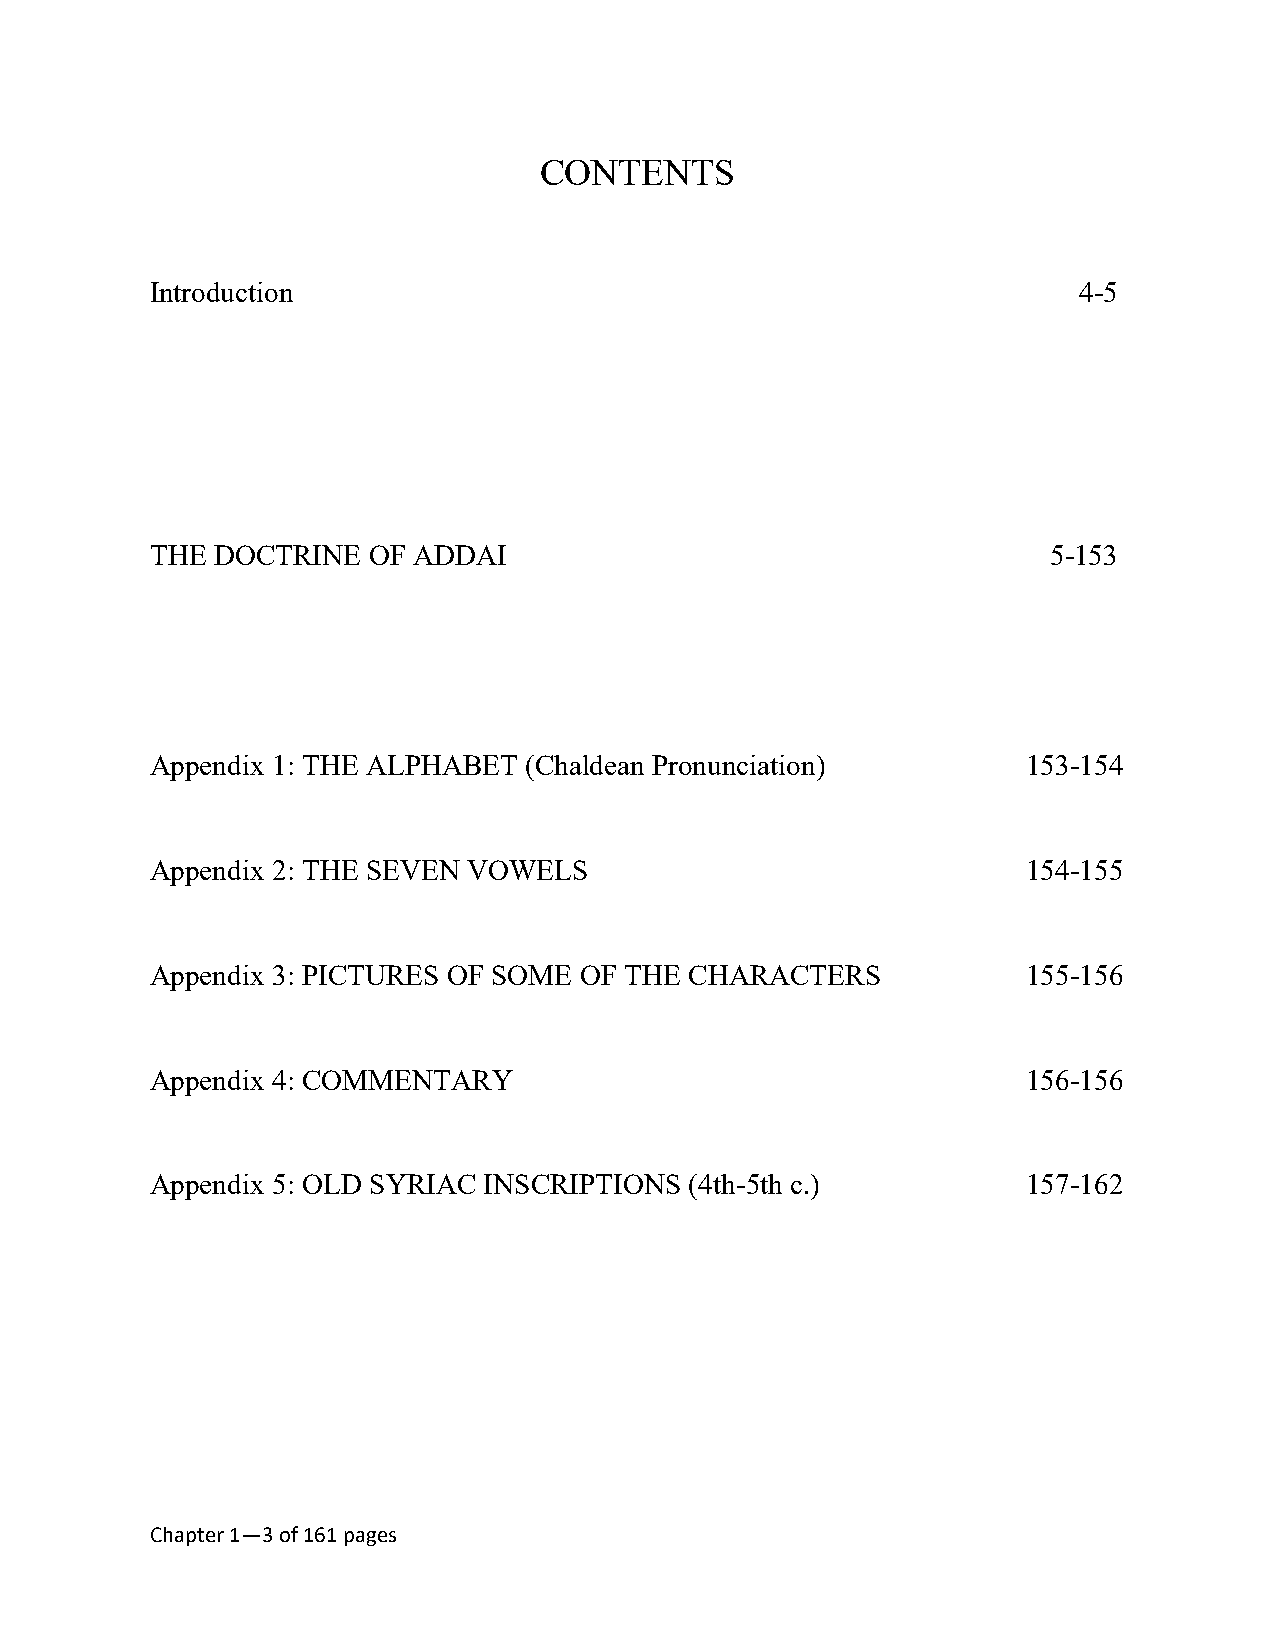
CONTENTS
 Introduction                                                 4-5
 THE DOCTRINE  OF ADDAI                                      5-153
 Appendix 1: THE ALPHABET (Chaldean Pronunciation)         153-154
 Appendix 2: THE SEVEN VOWELS                              154-155
 Appendix 3: PICTURES OF SOME OF THE CHARACTERS            155-156
 Appendix 4: COMMENTARY                                    156-156
 Appendix 5: OLD SYRIAC INSCRIPTIONS (4th-5th c.)          157-162
 Chapter 1—3 of 161 pages